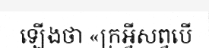
ឡើងថា «ក្រអ្វីសព្វបើ